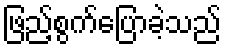
ဖြည့်စွက်ပြောခဲ့သည်